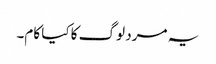
یہ مرد لوگ کا کیا کام۔